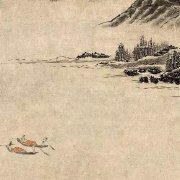
细草微风岸，危樯独夜舟。